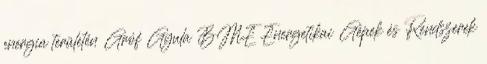
energia területén Gróf Gyula BME Energetikai Gépek és Rendszerek